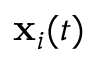
\mathbf { x } _ { i } ( t )